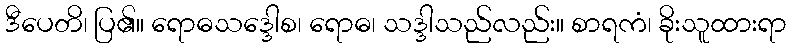
ဒီပေတိ၊ ပြ၏။ ရောဓသဒ္ဒေါစ၊ ရောဓ၊ သဒ္ဒါသည်လည်း။ စာရကံ၊ ခိုးသူထားရာ